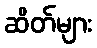
ဆိတ်များ